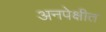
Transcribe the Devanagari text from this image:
अनपेक्षीत